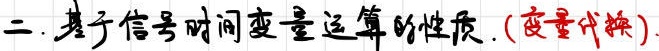
二. 基于信号时间变量运算的性质. (变量代换)